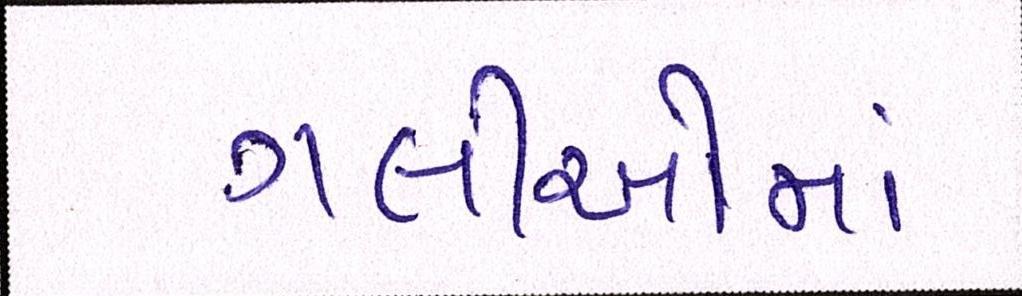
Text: ગલીઓમાં